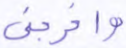
وأخرجني